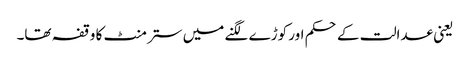
یعنی عدالت کے حکم اور کوڑے لگنے میں ستر منٹ کا وقفہ تھا۔